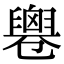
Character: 𠨨